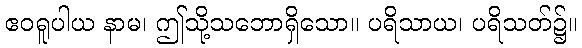
ဧဝရူပါယ နာမ၊ ဤသို့သဘောရှိသော။ ပရိသာယ၊ ပရိသတ်၌။